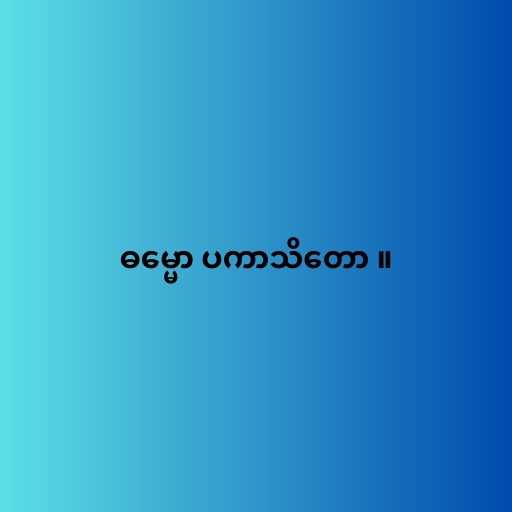
ဓမ္မော ပကာသိတော ။